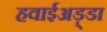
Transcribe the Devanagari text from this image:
हवाईअड़्डा